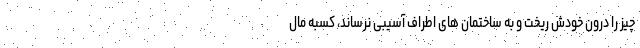
چیز را درون خودش ریخت و به ساختمان های اطراف آسیبی نرساند، کسبه مال